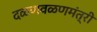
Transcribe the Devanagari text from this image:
दळणवळणमंत्री